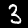
Label: 3